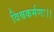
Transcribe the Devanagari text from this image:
विश्वकर्मणः।।